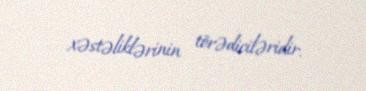
xəstəliklərinin törədiciləridir.